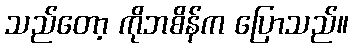
သည်တော့ ကိုဘစိန်က ပြောသည်။